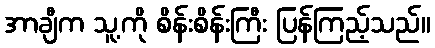
အာချီက သူ့ကို စိန်းစိန်းကြီး ပြန်ကြည့်သည်။